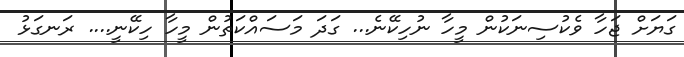
ގަޔަށް ޖަހާ ވެކުސިނަކުން މީހާ ނުހިކޭނެ... ގަދަ މަސައްކަތުން މީހާ ހިކޭނީ.... ރަނގަޅު